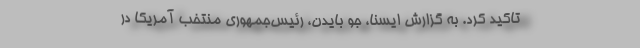
تاکید کرد. به گزارش ایسنا، جو بایدن، رئیس‌جمهوری منتخب آمریکا در